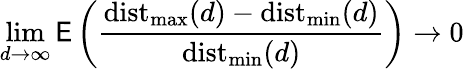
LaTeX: \operatorname*{lim}_{d\to\infty}\mathsf{E}\left({\frac{{\operatorname{dist}_{\operatorname*{max}}(d)-\operatorname{dist}_{\operatorname*{min}}(d)}}{{\operatorname{dist}_{\operatorname*{min}}(d)}}}\right)\to0